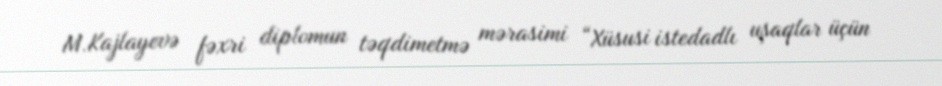
M.Kajlayevə fəxri diplomun təqdimetmə mərasimi “Xüsusi istedadlı uşaqlar üçün